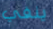
ينفي